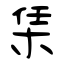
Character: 栠